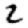
Digit: 2